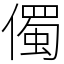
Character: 㒔